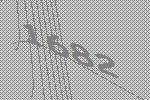
1682